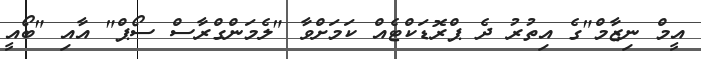
އީމް ނިޒާމް"ގެ އިތުރު ދެ ޕްރޮޑަކްޓެއް ކަމަށްވާ "ލެމަންގްރާސް ސޯޕް" އާއި "ބޯއީ